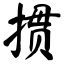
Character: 掼